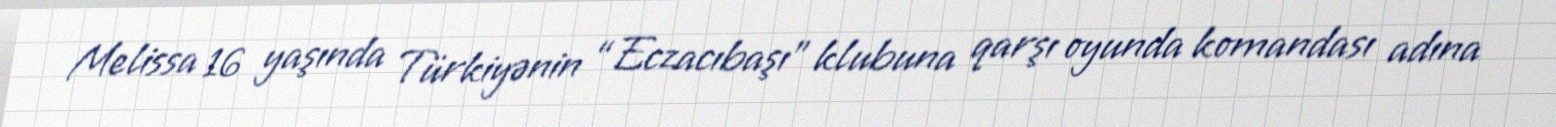
Melissa 16 yaşında Türkiyənin “Eczacıbaşı” klubuna qarşı oyunda komandası adına